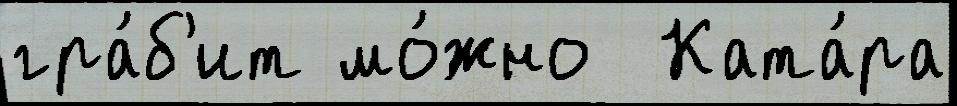
гра́б'ит мо́жно  Ката́ра